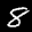
Label: 8